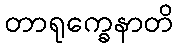
တာရုက္ခေနာတိ